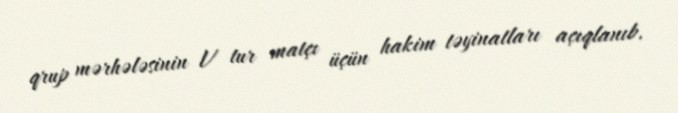
qrup mərhələsinin V tur matçı üçün hakim təyinatları açıqlanıb.